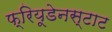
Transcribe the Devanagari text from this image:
फ्रियूडेनस्टाट